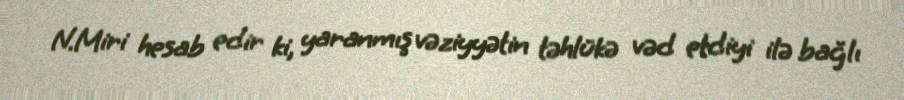
N.Miri hesab edir ki, yaranmış vəziyyətin təhlükə vəd etdiyi ilə bağlı